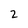
Character: 2